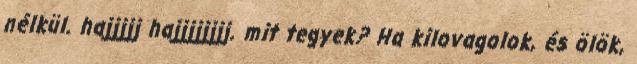
nélkül. hajjjjj hajjjjjjjj. mit tegyek? Ha kilovagolok, és ölök,